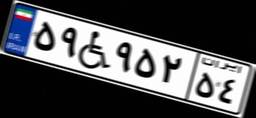
۵۱W۴۰۰۷۳